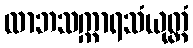
လာဘသက္ကာရသံယုတ္တံ